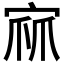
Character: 𭓹